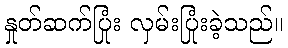
နှုတ်ဆက်ပြုံး လှမ်းပြုံးခဲ့သည်။